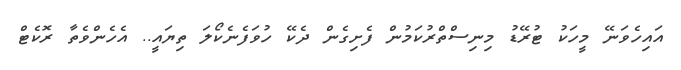
އައިހެވަނޭ މީހަކު ޓުރޭޑު މިނިސްތްރުކަމުން ފެށިގެން ދެކޭ ހުވަފެނެކޯލަ ތިޔައީ.. އެހެންވެތާ ރޮކެޓް